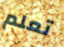
تعلم